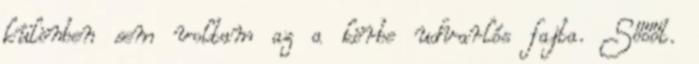
különben sem voltam az a körbe udvarlós fajta. Sőőőt.